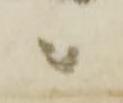
ニ